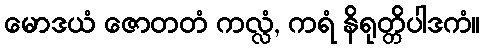
မောဒယံ ဇောတတံ ကလ္လံ, ကရံ နိရုတ္တိပါဒကံ။